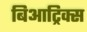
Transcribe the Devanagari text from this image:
बिआट्रिक्स